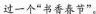
过一个”书香春节”。